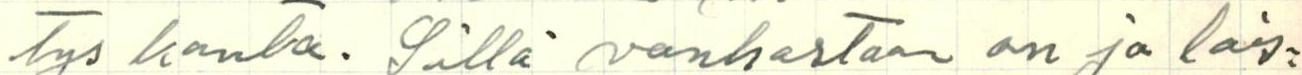
tys  kanta. Sillä vanhastaan on jo lais=